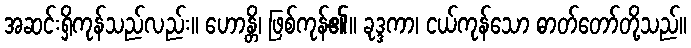
အဆင်းရှိကုန်သည်လည်း။ ဟောန္တိ၊ ဖြစ်ကုန်၏။ ခုဒ္ဒကာ၊ ငယ်ကုန်သော ဓာတ်တော်တို့သည်။